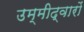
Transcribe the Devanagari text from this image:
उम्मीद्वारों